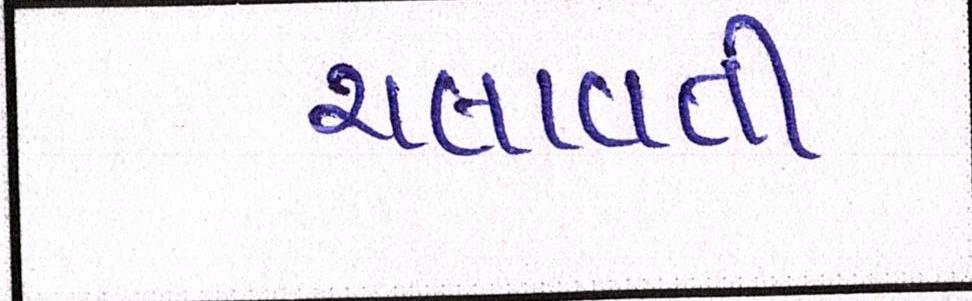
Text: ચલાવતી